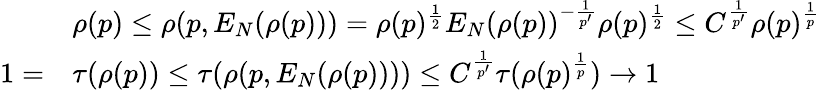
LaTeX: \begin{array}{rl}&{\rho(p)\le\rho(p,E_{N}(\rho(p)))=\rho(p)^{\frac 12}E_{N}(\rho(p))^{-\frac{1}{p^{\prime}}}\rho(p)^{\frac 12}\le C^{\frac{1}{p^{\prime}}}\rho(p)^{\frac{1}{p}}}\\ {1=}&{\tau(\rho(p))\le\tau(\rho(p,E_{N}(\rho(p))))\le C^{\frac{1}{p^{\prime}}}\tau(\rho(p)^{\frac{1}{p}})\to 1}\end{array}